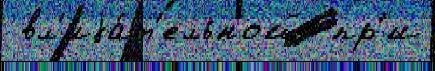
 вл'иjа́т'ельной  пр'и